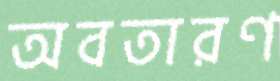
অবতারণ